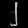
Digit: ၂